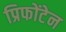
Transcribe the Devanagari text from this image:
प्रिफोंटेन